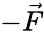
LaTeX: -\vec{F}